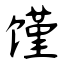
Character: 馑